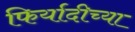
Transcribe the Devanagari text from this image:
फिर्यादीच्या